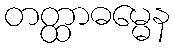
တတ္ထာဓမ္မေန